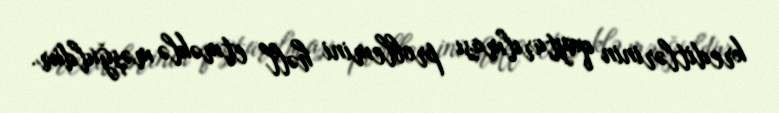
kreditlərinin qaytarılması problemini həll etməklə məşğuldur.